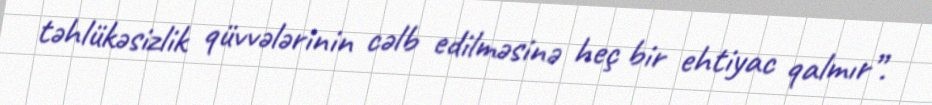
təhlükəsizlik qüvvələrinin cəlb edilməsinə heç bir ehtiyac qalmır”.